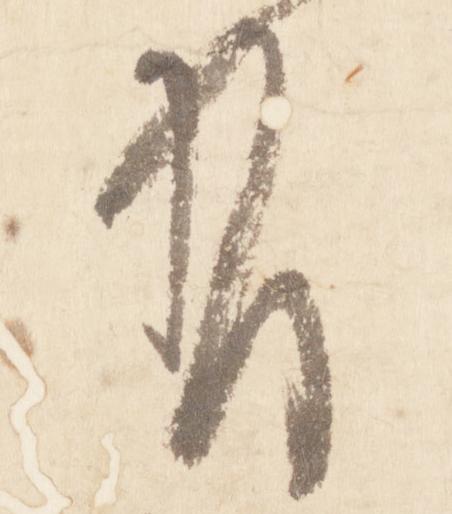
有